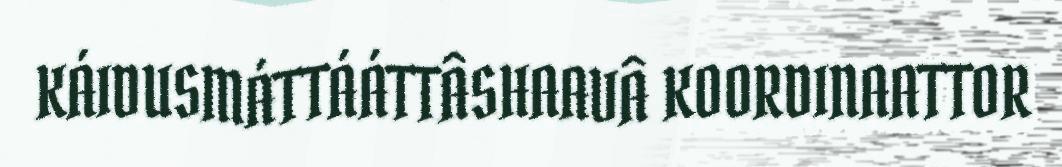
KÁIDUSMÁTTÁÁTTÂSHAAVÂ KOORDINAATTOR